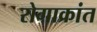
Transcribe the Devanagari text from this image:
रोगाक्रांत